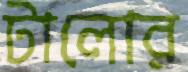
টালোর